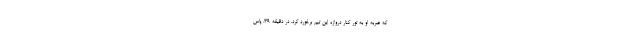
که ضربه او به تور کنار دروازه این تیم برخورد کرد. در دقیقه ۳۹، پاس